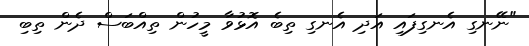
"ނޭނގި އެނގިފައި އަދި އެނގި ތިބެ އޮޅުވާ މީހުން ތިއްބަސް ދެން ތިބި